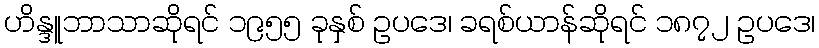
ဟိန္ဒူဘာသာဆိုရင် ၁၉၅၅ ခုနှစ် ဥပဒေ၊ ခရစ်ယာန်ဆိုရင် ၁၈၇၂ ဥပဒေ၊